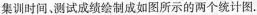
集训时间，测试成绩绘制成如图所示的两个统计图.